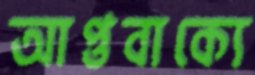
আপ্তবাক্যে